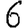
Digit: 6